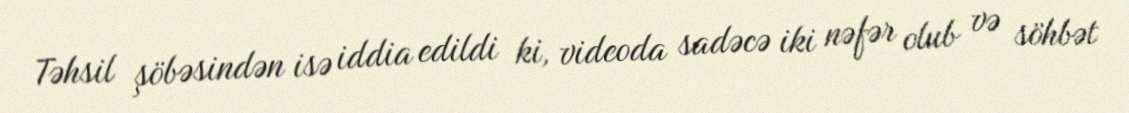
Təhsil şöbəsindən isə iddia edildi ki, videoda sadəcə iki nəfər olub və söhbət